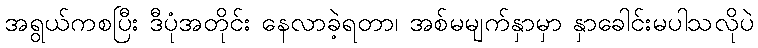
အရွယ်ကစပြီး ဒီပုံအတိုင်း နေလာခဲ့ရတာ၊ အစ်မမျက်နှာမှာ နှာခေါင်းမပါသလိုပဲ